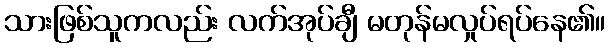
သားဖြစ်သူကလည်း လက်အုပ်ချီ မတုန်မလှုပ်ရပ်နေ၏။